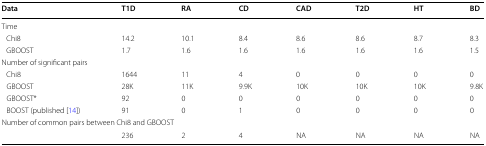
<table><thead><tr><td><b>Data</b></td><td><b>T1D</b></td><td><b>RA</b></td><td><b>CD</b></td><td><b>CAD</b></td><td><b>T2D</b></td><td><b>HT</b></td><td><b>BD</b></td></tr></thead><tbody><tr><td colspan="8">Time</td></tr><tr><td> Chi8</td><td>14.2</td><td>10.1</td><td>8.4</td><td>8.6</td><td>8.6</td><td>8.7</td><td>8.3</td></tr><tr><td> GBOOST</td><td>1.7</td><td>1.6</td><td>1.6</td><td>1.6</td><td>1.6</td><td>1.6</td><td>1.5</td></tr><tr><td colspan="8">Number of significant pairs</td></tr><tr><td> Chi8</td><td>1644</td><td>11</td><td>4</td><td>0</td><td>0</td><td>0</td><td>0</td></tr><tr><td> GBOOST</td><td>28K</td><td>11K</td><td>9.9K</td><td>10K</td><td>10K</td><td>10K</td><td>9.8K</td></tr><tr><td> GBOOST*</td><td>92</td><td>0</td><td>0</td><td>0</td><td>0</td><td>0</td><td>0</td></tr><tr><td> BOOST (published [14])</td><td>91</td><td>0</td><td>1</td><td>0</td><td>0</td><td>0</td><td>0</td></tr><tr><td colspan="8">Number of common pairs between Chi8 and GBOOST</td></tr><tr><td></td><td>236</td><td>2</td><td>4</td><td>NA</td><td>NA</td><td>NA</td><td>NA</td></tr></tbody></table>